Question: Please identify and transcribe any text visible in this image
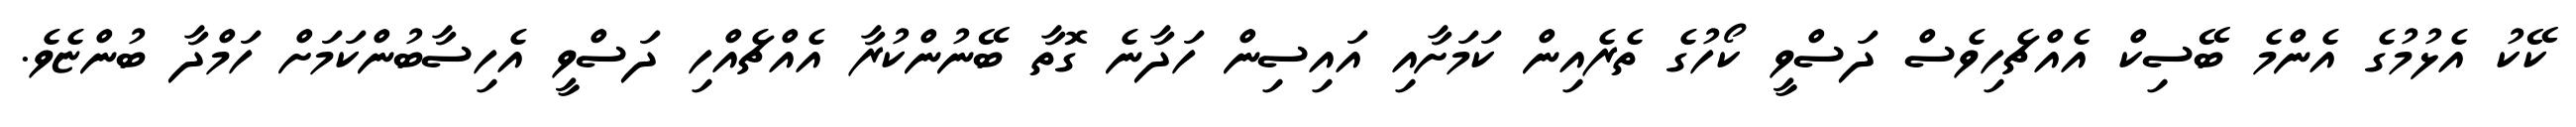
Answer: ކޭކު އެޅުމުގެ އެންމެ ބޭސިކް އެއްޗެހިވެސް ދަސްވީ ކޯހުގެ ތެރެއިން ކަމަށާއި އައިސިން ހަދާނެ ގޮތާ ބޭނުންކުރާ އެއްޗެއްހި ދަސްވީ އެހިސާބުންކަމަށް ހަމްދާ ބުންޏެވެ.